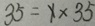
3 5 = x \times 3 5